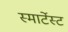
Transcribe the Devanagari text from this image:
स्मार्टेस्ट